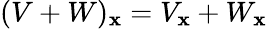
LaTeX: (V+W)_{\mathbf{x}}=V_{\mathbf{x}}+W_{\mathbf{x}}